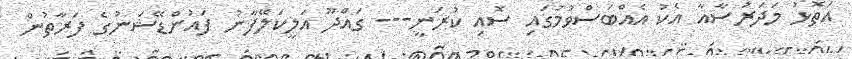
އަތޮޅު މަދަރުސާއާ އެކު އެއްބަސްވުމުގައި ސޮއި ކުރަނީ--- ގައްދޫ އަލީކަލޭފާނު ފައުންޑޭޝަނުގެ ފަރާތުން